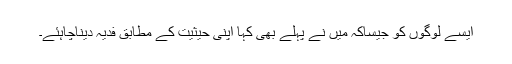
ایسے لوگوں کو جیساکہ مَیں نے پہلے بھی کہا اپنی حیثیت کے مطابق فدیہ دیناچاہئے۔